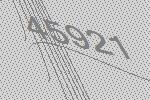
45921